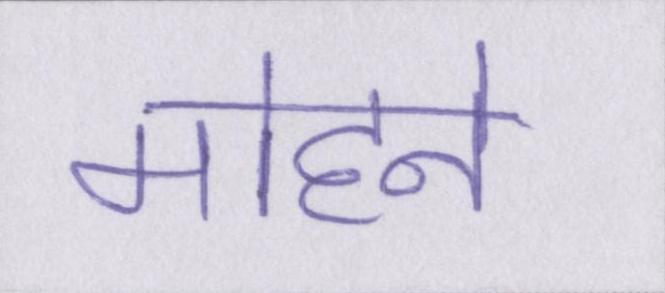
मोहने